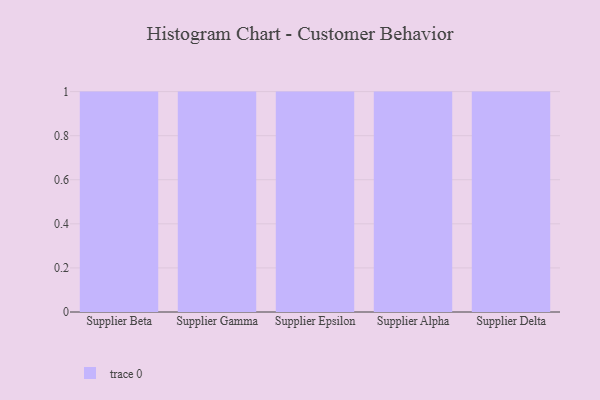
{"axis": {"x": "Supplier", "y": "Net Income (USD K)"}, "legend": [""], "data": [{"x": "Supplier Beta", "y": 64, "type": ""}, {"x": "Supplier Gamma", "y": 85, "type": ""}, {"x": "Supplier Epsilon", "y": 49, "type": ""}, {"x": "Supplier Alpha", "y": 57, "type": ""}, {"x": "Supplier Delta", "y": 65, "type": ""}]}